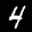
Label: 4